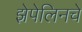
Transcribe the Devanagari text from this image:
झेपेलिनचे